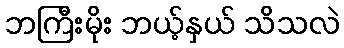
ဘကြီးမိုး ဘယ့်နှယ် သိသလဲ